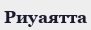
Риуаятта